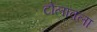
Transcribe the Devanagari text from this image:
टोलावला